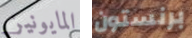
المايونيز برنستون